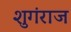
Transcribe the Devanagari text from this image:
शुगंराज